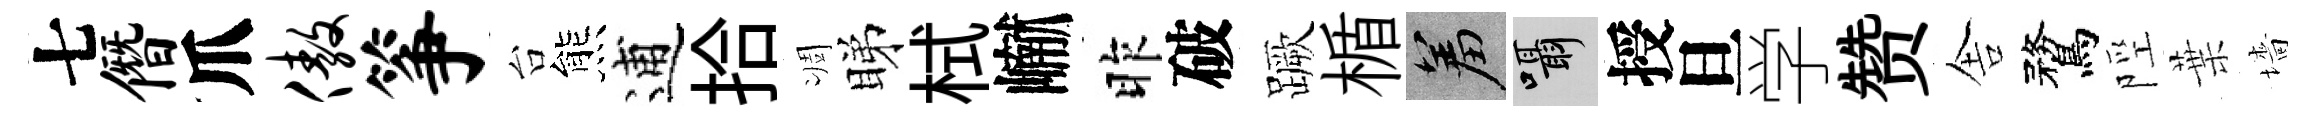
七僭爪傲筝台熊逋拾凋睇栻𪩘昨破蹶楯羞囁授旦学赞舎鶩陘葉墻